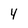
Character: 4